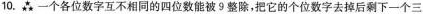
10.一个各位数字互不相同的四位数能被9整除，把它的个位数字去掉后剩下一个三